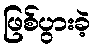
ဖြစ်ပွားခဲ့